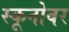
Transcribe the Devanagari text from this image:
स्कूनोवर